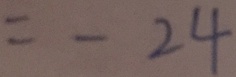
= - 2 4